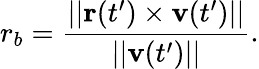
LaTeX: r_{b}=\frac{||\mathbf{r}(t^{\prime})\times\mathbf{v}(t^{\prime})||}{||\mathbf{v}(t^{\prime})||}.